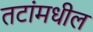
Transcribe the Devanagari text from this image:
तटांमधील